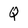
Character: Q